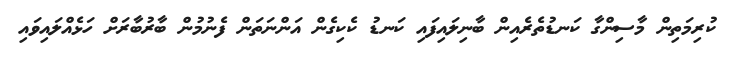
ކުރިމަތިން މާސިންގާ ކަނޑުތެރެއިން ބާނިލައިފައި ކަނޑު ކެކިގެން އަންނަތަން ފެނުމުން ބާރުބާރަށް ހަޅެއްލައިވައި